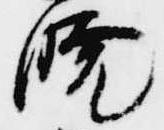
暁